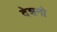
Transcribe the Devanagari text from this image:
देशनो